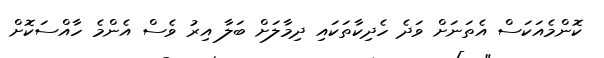
ކޮންމެއަކަސް އެތަނަށް ވަދެ ހެދިކާތަކައި ދިމާލަށް ބަލާ އިރު ވެސް އެންމެ ހާއްސަކޮށް